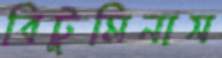
বিটুমিনাস